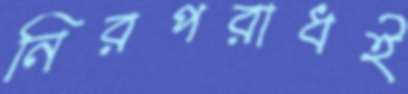
নিরপরাধই